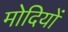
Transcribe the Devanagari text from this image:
मोदियों